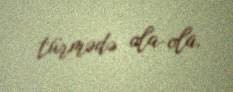
türmədə ola-ola.